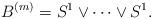
LaTeX: \begin{align*}B^{(m)}=S^1 \vee \cdots \vee S^1.\end{align*}